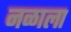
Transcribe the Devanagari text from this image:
नळाला